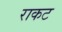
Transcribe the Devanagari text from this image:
राकट